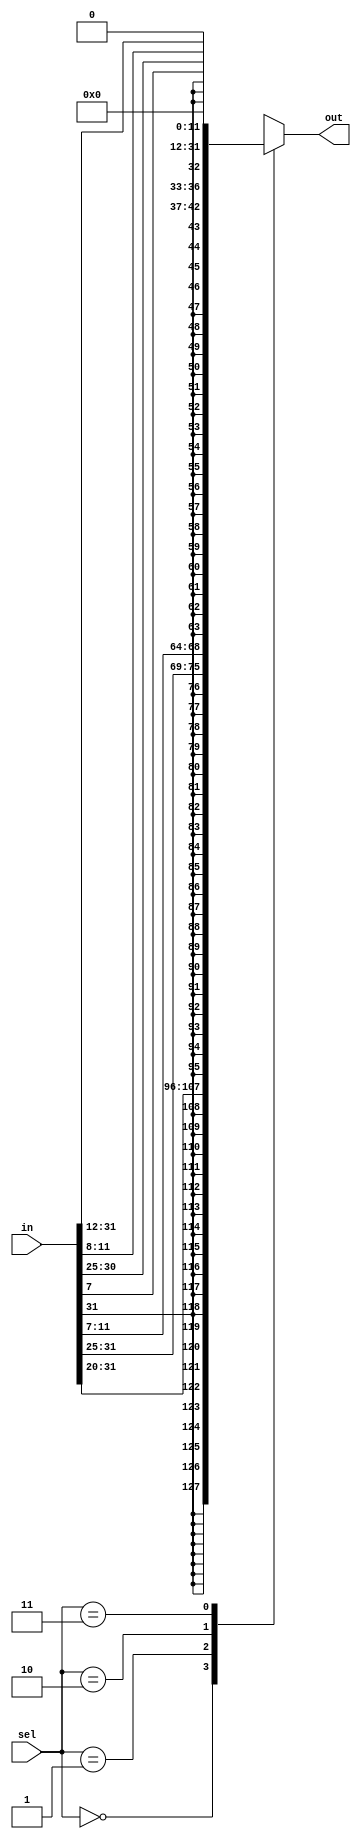
module ImmExt (output reg [31:0]out,
			   input  [31:0]in,
			   input  [1:0]sel
			   );
	
	always @ (in or sel) begin
		case(sel)
			2'b00: out = {{21{in[31]}}, in[30:20]};                        // Type R and I
			2'b01: out = {{21{in[31]}}, in[30:25], in[11:7]};              // Type S
			2'b10: out = {{20{in[31]}}, in[7], in[30:25], in[11:8], 1'b0}; // Type B
			2'b11: out = {in[31:12], 12'b0};                               // Type U
			
			default: out = 32'b0;

		endcase
			
	end
		
endmodule